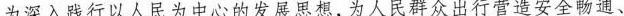
为深入践行以人民为中心的发展思想，为人民群众出行营造安全畅通、